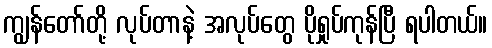
ကျွန်တော်တို့ လုပ်တာနဲ့ အလုပ်တွေ ပိုရှုပ်ကုန်ပြီ ရပါတယ်။